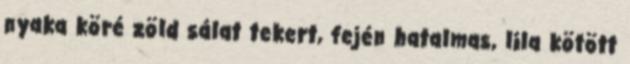
nyaka köré zöld sálat tekert, fején hatalmas, lila kötött